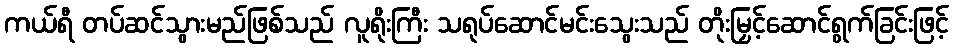
ကယ်ရီ တပ်ဆင်သွားမည်ဖြစ်သည် လူရိုးကြီး သရုပ်ဆောင်မင်းသွေးသည် တိုးမြှင့်ဆောင်ရွက်ခြင်းဖြင့်